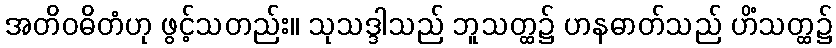
အတိဝဓိတံဟု ဖွင့်သတည်း။ သုသဒ္ဒါသည် ဘူသတ္ထ၌ ဟနဓာတ်သည် ဟိံသတ္ထ၌